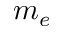
m _ { e }